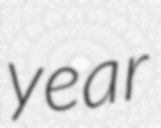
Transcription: year